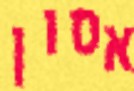
אסון